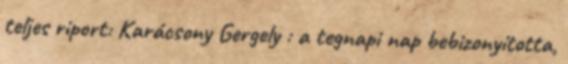
teljes riport: Karácsony Gergely : a tegnapi nap bebizonyította,